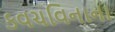
કવચવિનાના